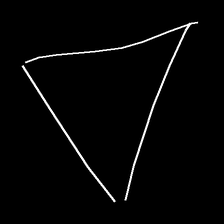
Glyph: convergence